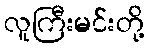
လူကြီးမင်းတို့